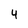
Character: 4